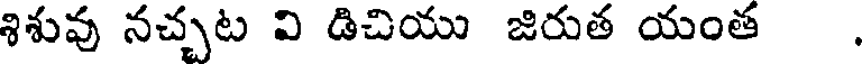
శిశువు నచ్చట వి డిచియు జిరుత యంత .